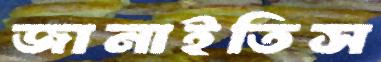
জানাইতিস